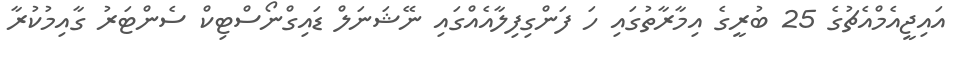
އައިޖީއެމްއެޗުގެ 25 ބުރީގެ އިމާރާތުގައި ހަ ފަންގިފިލާއެއްގައި ނޭޝަނަލް ޑައިގްނޯސްޓިކް ސެންޓަރު ގާއިމުކުރާ